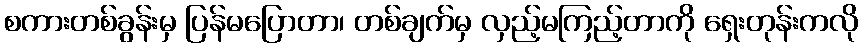
စကားတစ်ခွန်းမှ ပြန်မပြောတာ၊ တစ်ချက်မှ လှည့်မကြည့်တာကို ရှေးတုန်းကလို